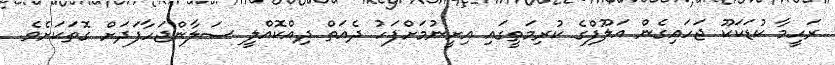
ރަހީމާ ކުޑަކަކޫ ޖަހައިގެން އަލޫފްގެ ކުރިމަތީގައި އިށީނުމަށްފަހު ދެއަތް ދިއްކޮއްލީ ސަލާންޖަހާފަދަށް ގޮތަކަށެވެ.